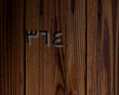
٣٦٤